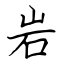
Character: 岩